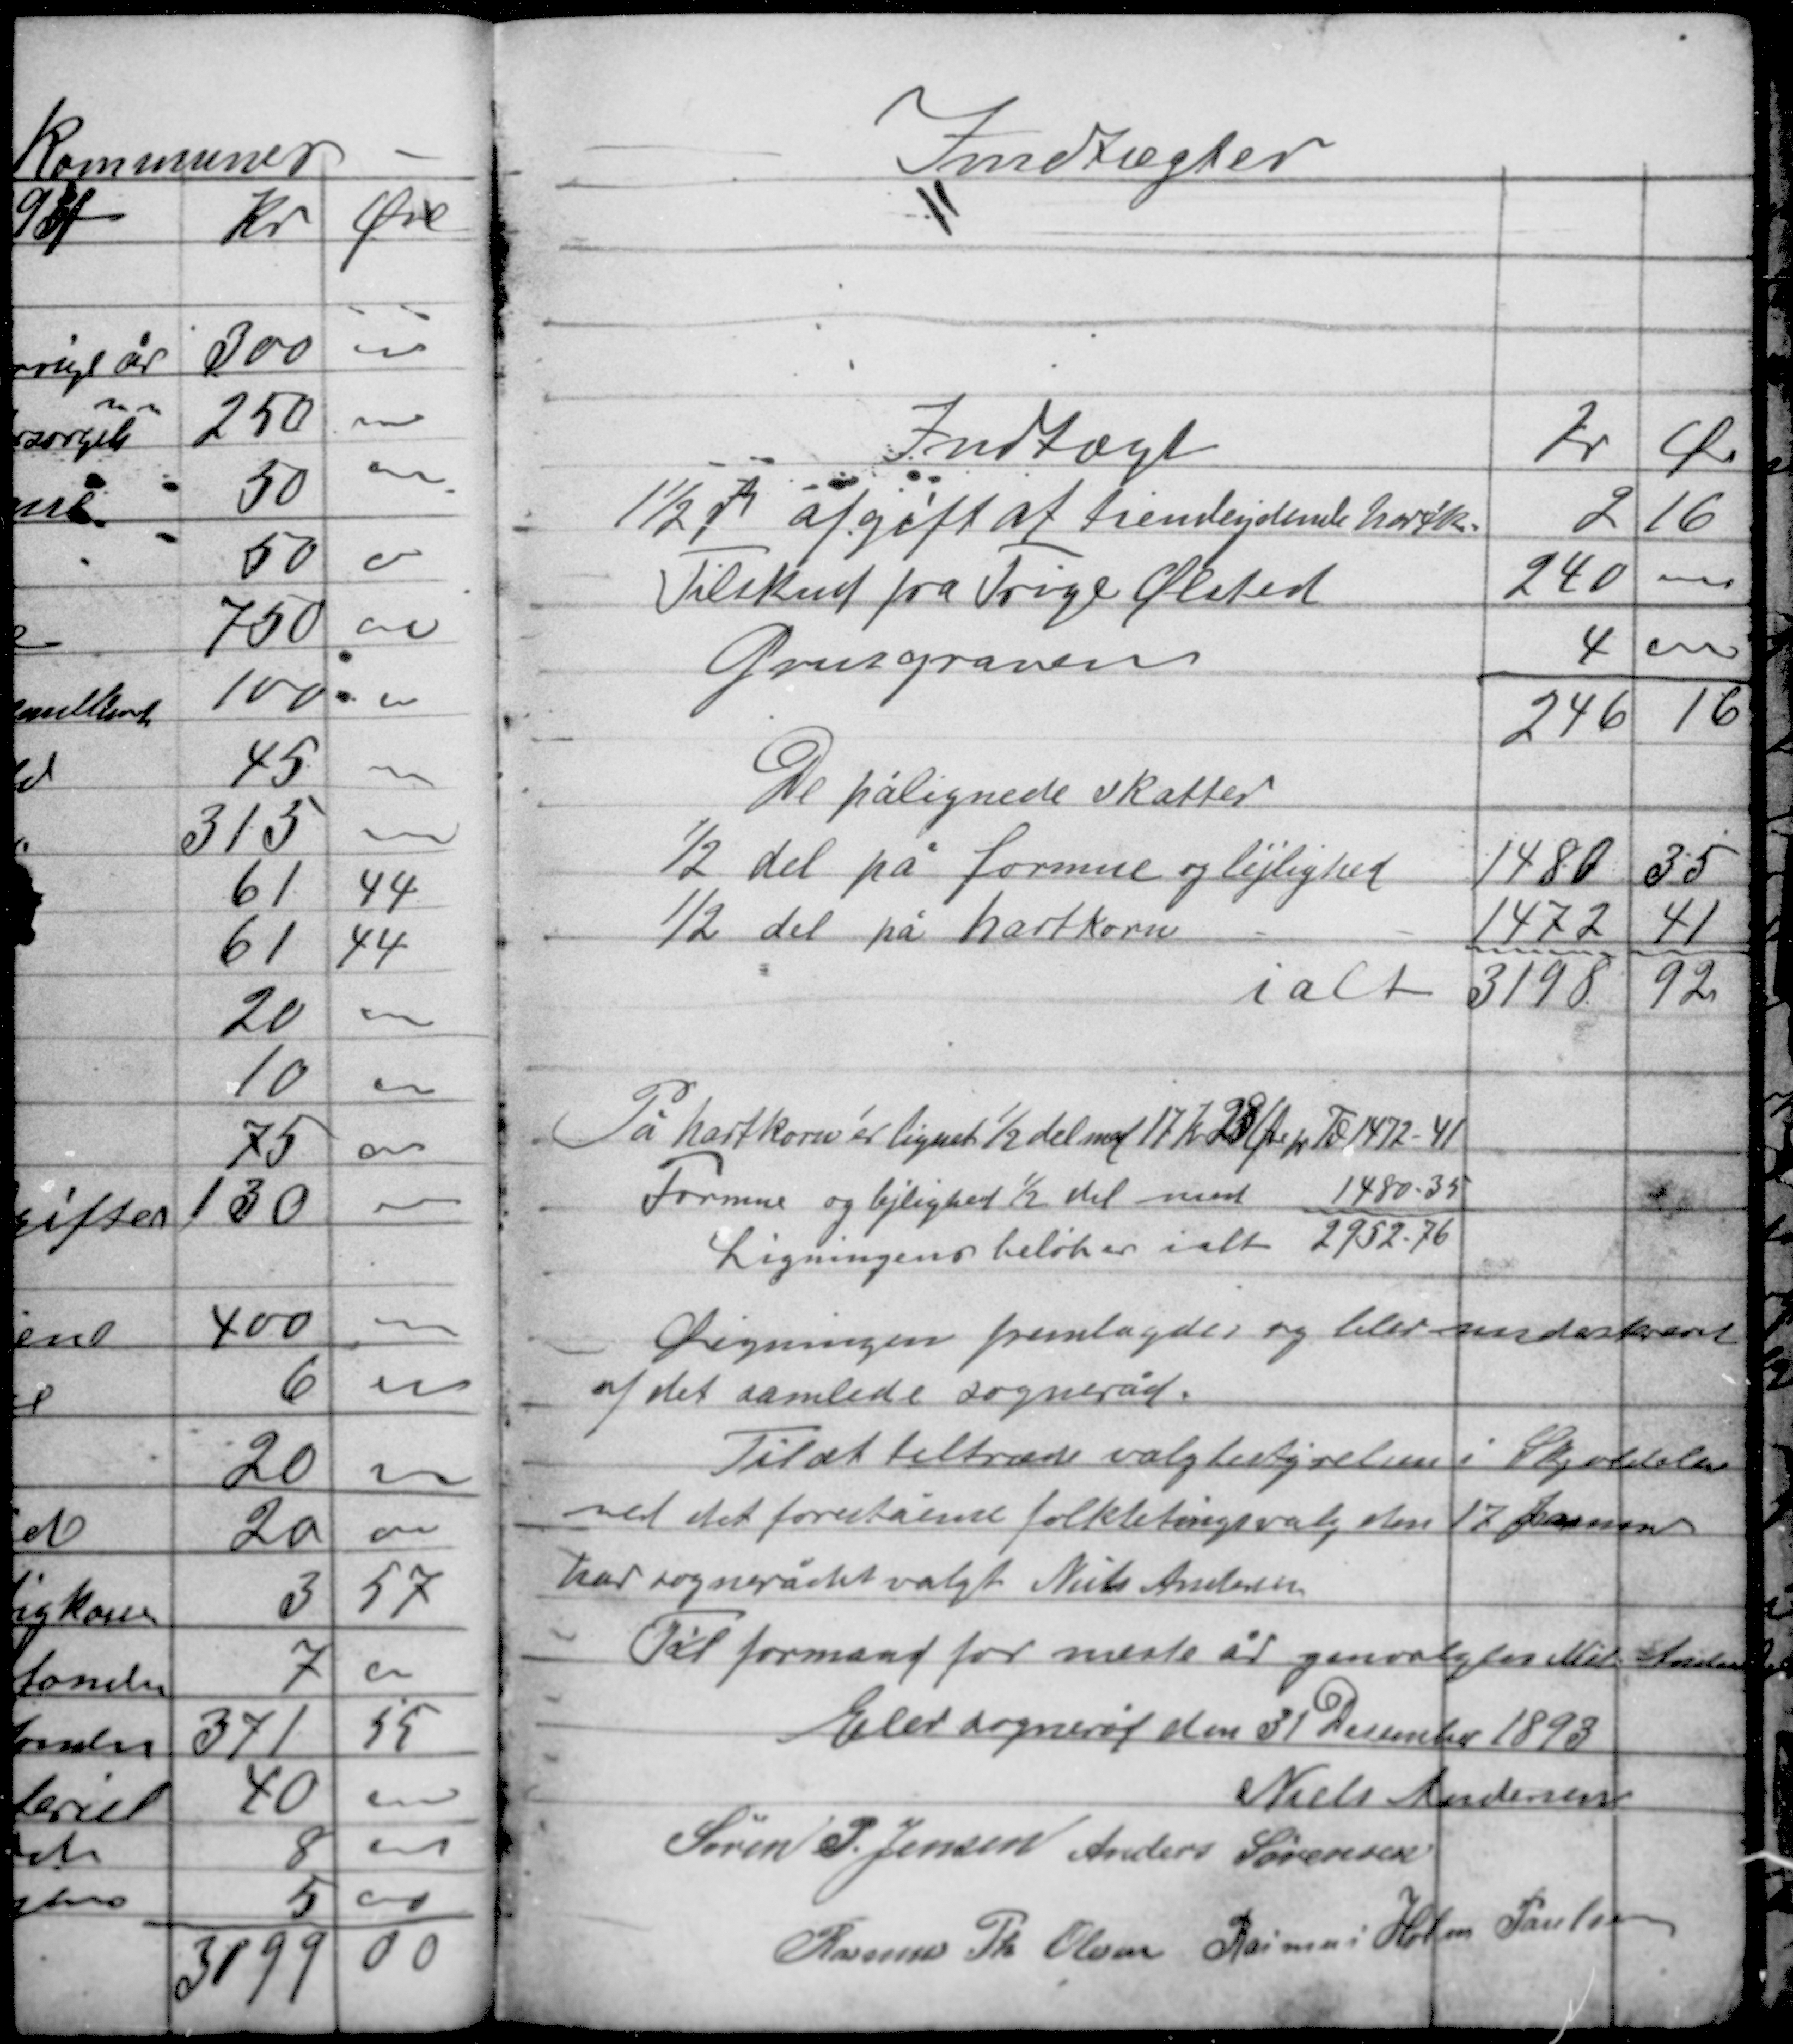
Transskription:
Indtægter

På hartkorn er lignet ½ del med 17 kr 28 Øre pr Td 1472,41
Formue og lejlighed ½ del med 1480,35
Ligningens beløb er ialt 2952,76

Ligningen fremlagdes og blev underskrevet
af det samlede sogneråd.
Til at tiltræde valgbestyrelsen i Skjoldelev
ved det forestående folketingsvalg den 17 Januar
har sognerådet valgt Niels Andersen
Til formand for næste år genvalgtes Niels Andersen

Elev sogneråd den 31 December 1893
Niels Andersen
Søren P. Jensen Anders Sørensen
Rasmus Th. Olesen Rasmus Holm Poulsen